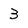
Character: 3